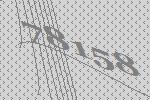
78158